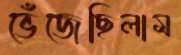
ভেঁজেছিলাম